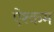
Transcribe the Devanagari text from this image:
ऐश्कम